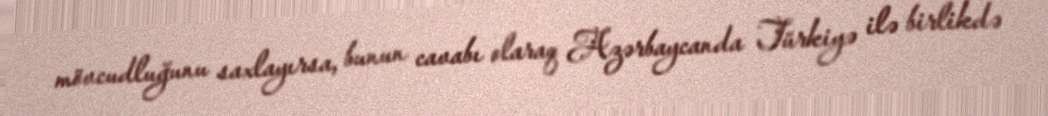
mövcudluğunu saxlayırsa, bunun cavabı olaraq Azərbaycanda Türkiyə ilə birlikdə